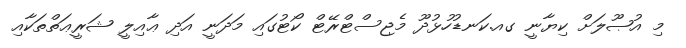
މި އުޞޫލަށް ކިޔާނީ ގއ.ކަނޑުހުޅުދޫ މެޖިސްޓްރޭޓް ކޯޓުގައި މަދަނީ އަދި ޢާއިލީ ޝަރީޢަތްތަކާއި